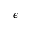
\epsilon